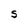
Character: S